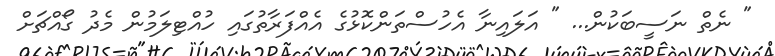
" ނެތް ނަސީބަކުން... " އަލައިނާ އެހުސްތަންކޮޅުގެ އެއްފަރާތުގައި ހުއްޓިލަމުން މެދު ގޯއްޗަށް